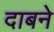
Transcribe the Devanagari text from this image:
दाबने